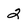
Character: 2